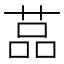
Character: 䓵